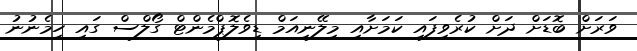
ވަރަށް ބޮޑަށް ދަށް ކުރެވިފައި ކަމަށާއި މިލޭނިއަމް ޑިވެލޮޕްމެންޓް ގޯލްސް ގައި ހިމެނުނު